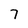
Character: 7